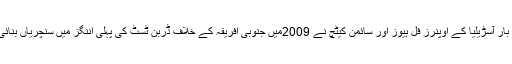
آخری بار آسڑیلیا کے اوپنرز فل ہیوز اور سائمن کیٹچ نے 2009میں جنوبی افریقہ کے خلاف ڈربن ٹسٹ کی پہلی اننگز میں سنچریاں بنائی تھیں۔